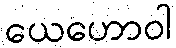
ယေဟောဝါ